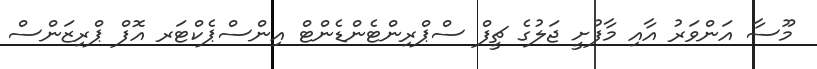
މޫސާ އަންވަރު އާއި މާފުށީ ޖަލުގެ ޗީފް ސްޕްރިންޓެންޑެންޓް އިންސްޕެކްޓަރ އޮފް ޕްރިޒަންސް